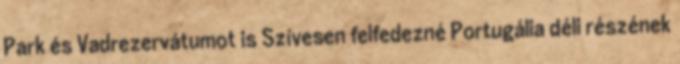
Park és Vadrezervátumot is Szívesen felfedezné Portugália déli részének